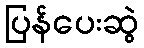
ပြန်ပေးဆွဲ